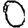
Digit: 0